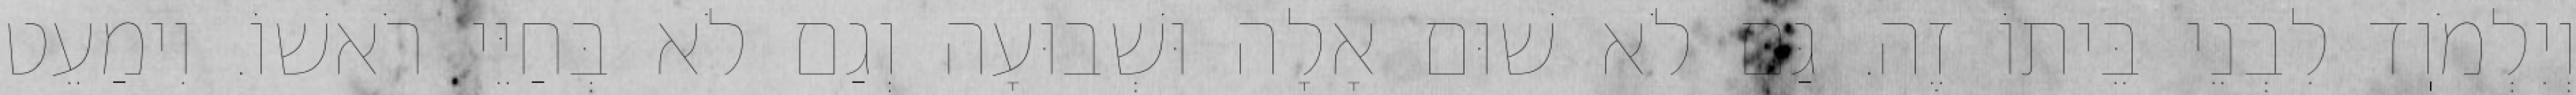
וְיִלְמֹוֽד לִבְנֵי בֵּיתוֹ זֶה. גַּם לֹא שׁוּם אָלָה וּשְׁבוּעָה וְגַם לֹא בְּחַיֵּי רֹאשׁוֹ. וִימַעֵט